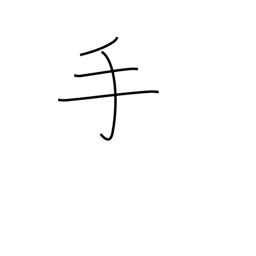
Meaning: hand